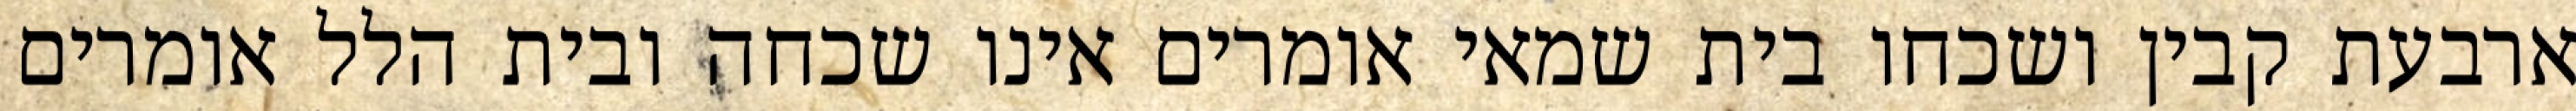
ארבעת קבין ושכחו בית שמאי אומרים אינו שכחה ובית הלל אומרים